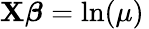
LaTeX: \mathbf{X}{\boldsymbol{\beta}}=\ln(\mu)\,